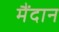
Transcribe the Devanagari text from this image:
मैंदान